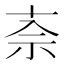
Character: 𫀂